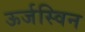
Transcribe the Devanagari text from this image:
ऊर्जस्विन